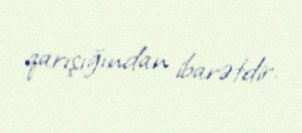
qarışığından ibarətdir.